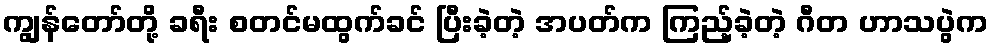
ကျွန်တော်တို့ ခရီး စတင်မထွက်ခင် ပြီးခဲ့တဲ့ အပတ်က ကြည့်ခဲ့တဲ့ ဂီတ ဟာသပွဲက